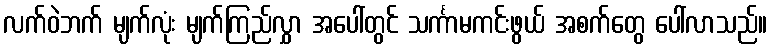
လက်ဝဲဘက် မျက်လုံး မျက်ကြည်လွှာ အပေါ်တွင် သင်္ကာမကင်းဖွယ် အစက်တွေ ပေါ်လာသည်။